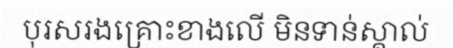
បុរសរងគ្រោះខាងលើ មិនទាន់ស្គាល់